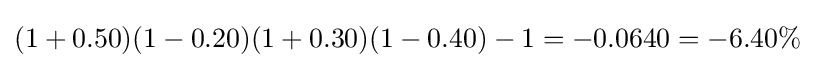
(1+0.50)(1-0.20)(1+0.30)(1-0.40)-1=-0.0640=-6.40\%